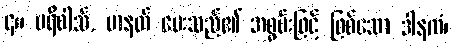
၄။ ပရိဝါသ်, မာနတ် ပေးသည်၏ အစွမ်းဖြင့် ဖြစ်သော ဒါနကံ၊